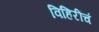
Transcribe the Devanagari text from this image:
विहिरींचं